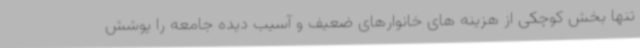
تنها بخش کوچکی از هزینه های خانوارهای ضعیف و آسیب دیده جامعه را پوشش